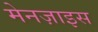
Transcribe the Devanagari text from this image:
मेनज़ाइस